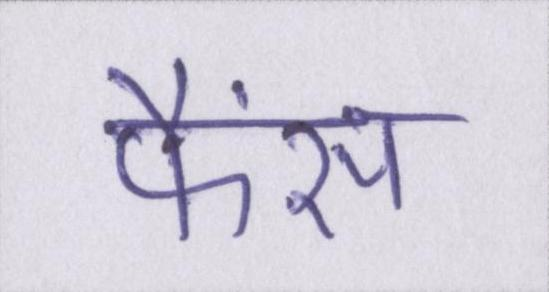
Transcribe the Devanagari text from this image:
फैंस